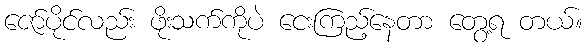
ဇော်ပိုင်လည်း ဖိုးသက်ကိုပဲ ငေးကြည့်နေတာ တွေ့ရ တယ်။